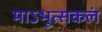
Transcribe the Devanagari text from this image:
माऽभूत्सकलं